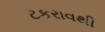
ટકરાવથી